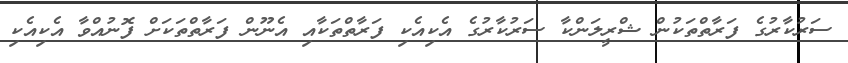
ސަރުކާރުގެ ފަރާތްތަކުން ޝްރީލަންކާ ސަރުކާރުގެ އެކިއެކި ފަރާތްތަކާއި އެނޫން ފަރާތްތަކަށް ފޮނުއްވާ އެކިއެކި